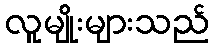
လူမျိုးများသည်